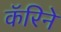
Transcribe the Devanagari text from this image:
कॅरिने